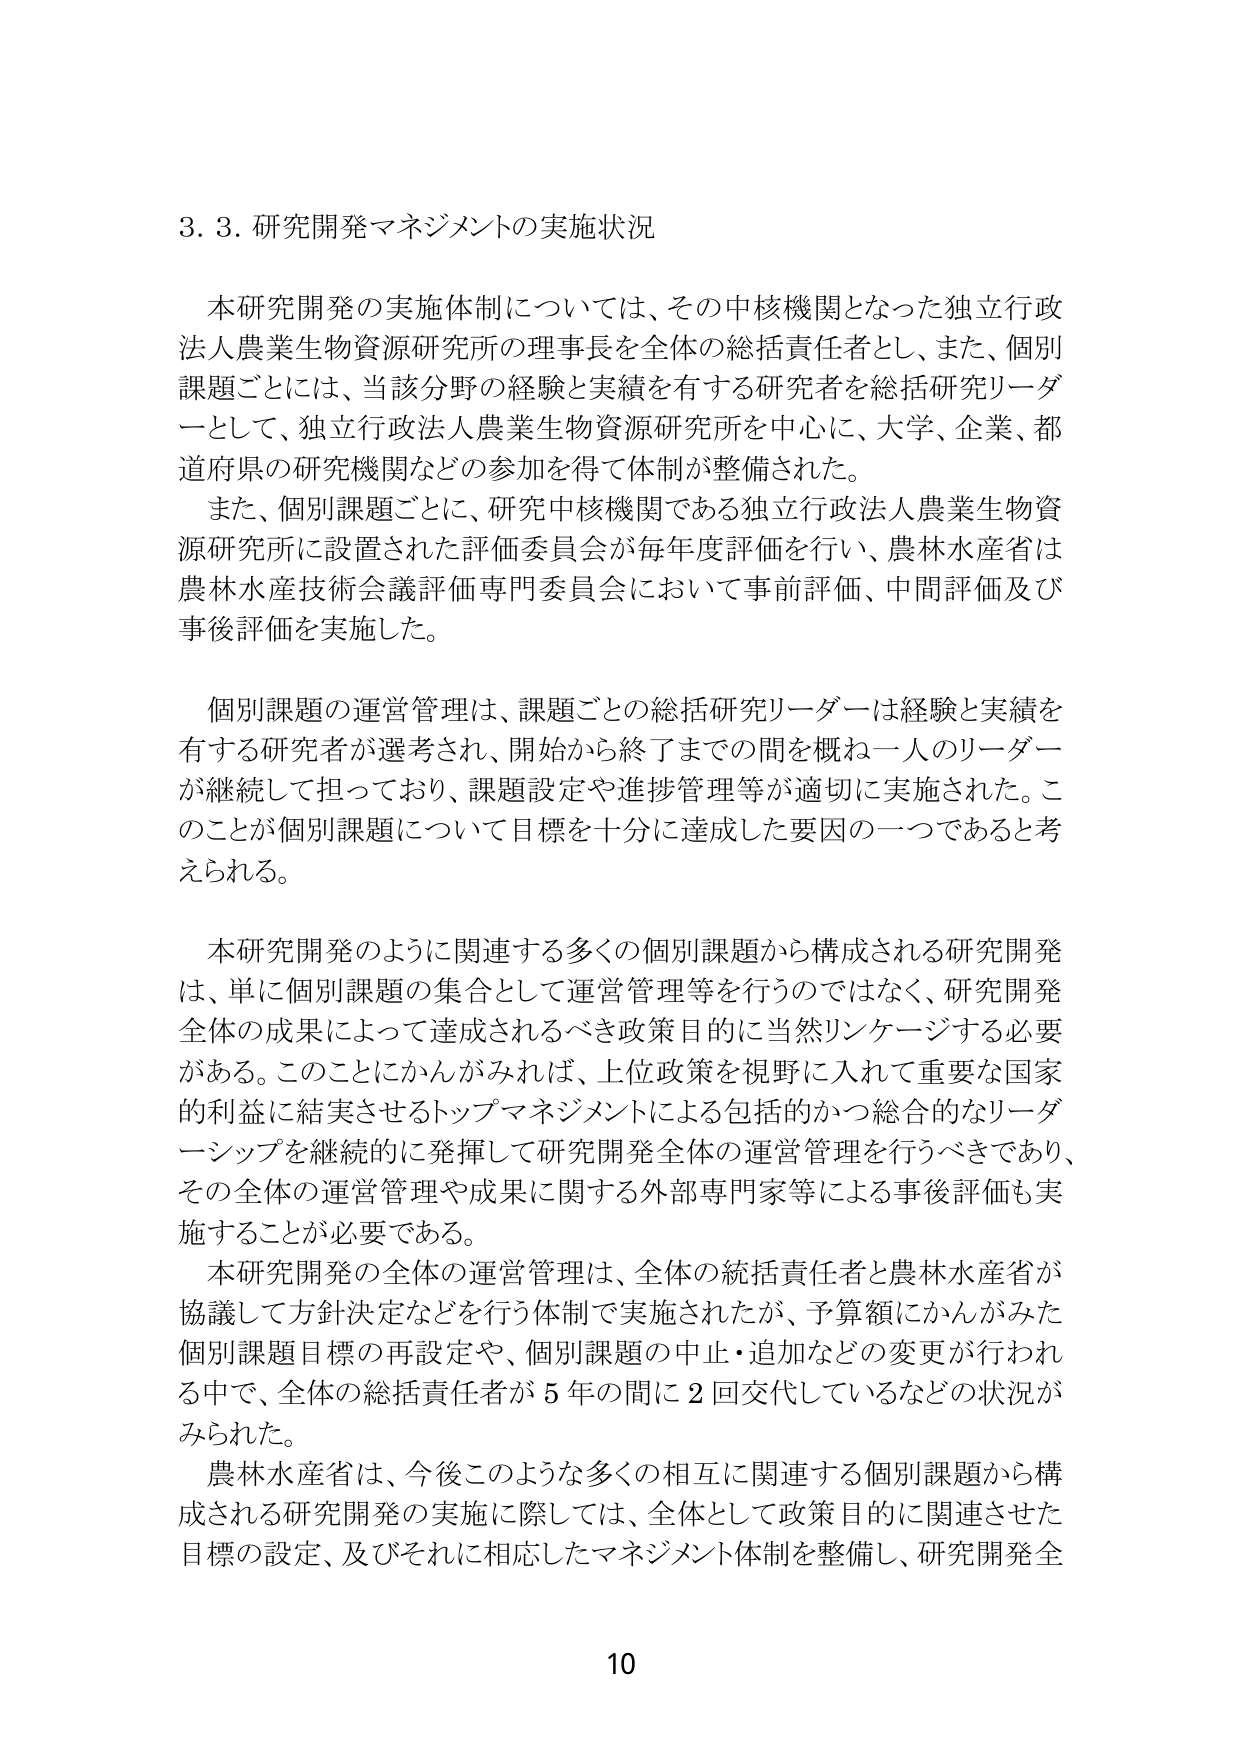
3. 3. 研究開発マネジメントの実施状況

本研究開発の実施体制については、その中核機関となった独立行政法人農業生物資源研究所の理事長を全体の総括責任者とし、また、個別課題ごとには、当該分野の経験と実績を有する研究者を総括研究リーダーとして、独立行政法人農業生物資源研究所を中心に、大学、企業、都道府県の研究機関などの参加を得て体制が整備された。

また、個別課題ごとに、研究中核機関である独立行政法人農業生物資源研究所に設置された評価委員会が毎年度評価を行い、農林水産省は農林水産技術会議評価専門委員会において事前評価、中間評価及び事後評価を実施した。

個別課題の運営管理は、課題ごとの総括研究リーダーは経験と実績を有する研究者が選考され、開始から終了までの間を概ね一人のリーダーが継続して担っており、課題設定や進捗管理等が適切に実施された。このことが個別課題について目標を十分に達成した要因の一つであると考えられる。

本研究開発のように関連する多くの個別課題から構成される研究開発は、単に個別課題の集合として運営管理等を行うのではなく、研究開発全体の成果によって達成されるべき政策目的に当然リンクさせる必要がある。このことにかんがみれば、上位政策を視野に入れて重要な国家的利害に結実させるトップマネジメントによる包括的かつ総合的なリーダーシップを継続的に発揮して研究開発全体の運営管理を行うべきであり、その全体の運営管理や成果に関する外部専門家等による事後評価も実施することが必要である。

本研究開発の全体の運営管理は、全体の統括責任者と農林水産省が協議して方針決定などを行う体制で実施されたが、予算額にかんがみた個別課題目標の再設定や、個別課題の中止・追加などの変更が行われる中で、全体の総括責任者が5年の間に2回交代しているなどの状況がみられた。

農林水産省は、今後このような多くの相互に関連する個別課題から構成される研究開発の実施に際しては、全体として政策目的に関連させた目標の設定、及びそれに相応したマネジメント体制を整備し、研究開発全

10